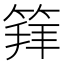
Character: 𥯟